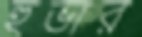
হুভার